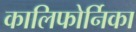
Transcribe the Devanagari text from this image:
कालिफोर्निका